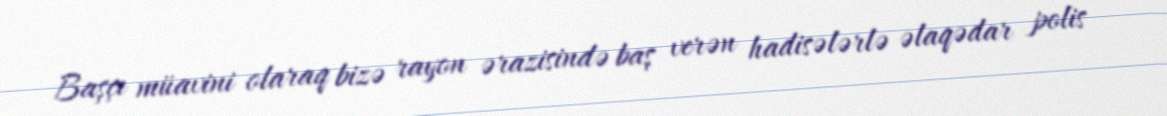
Başçı müavini olaraq bizə rayon ərazisində baş verən hadisələrlə əlaqədar polis